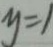
y = 1